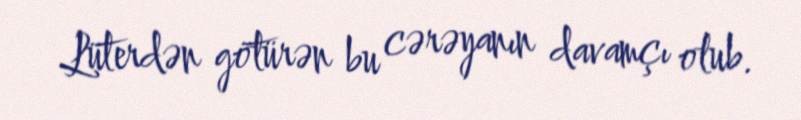
Lüterdən götürən bu cərəyanın davamçı olub.